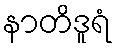
နာတိဒူရံ